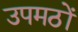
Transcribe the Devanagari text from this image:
उपमठों